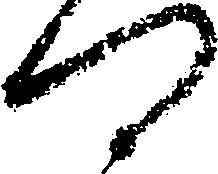
門